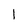
Character: 1